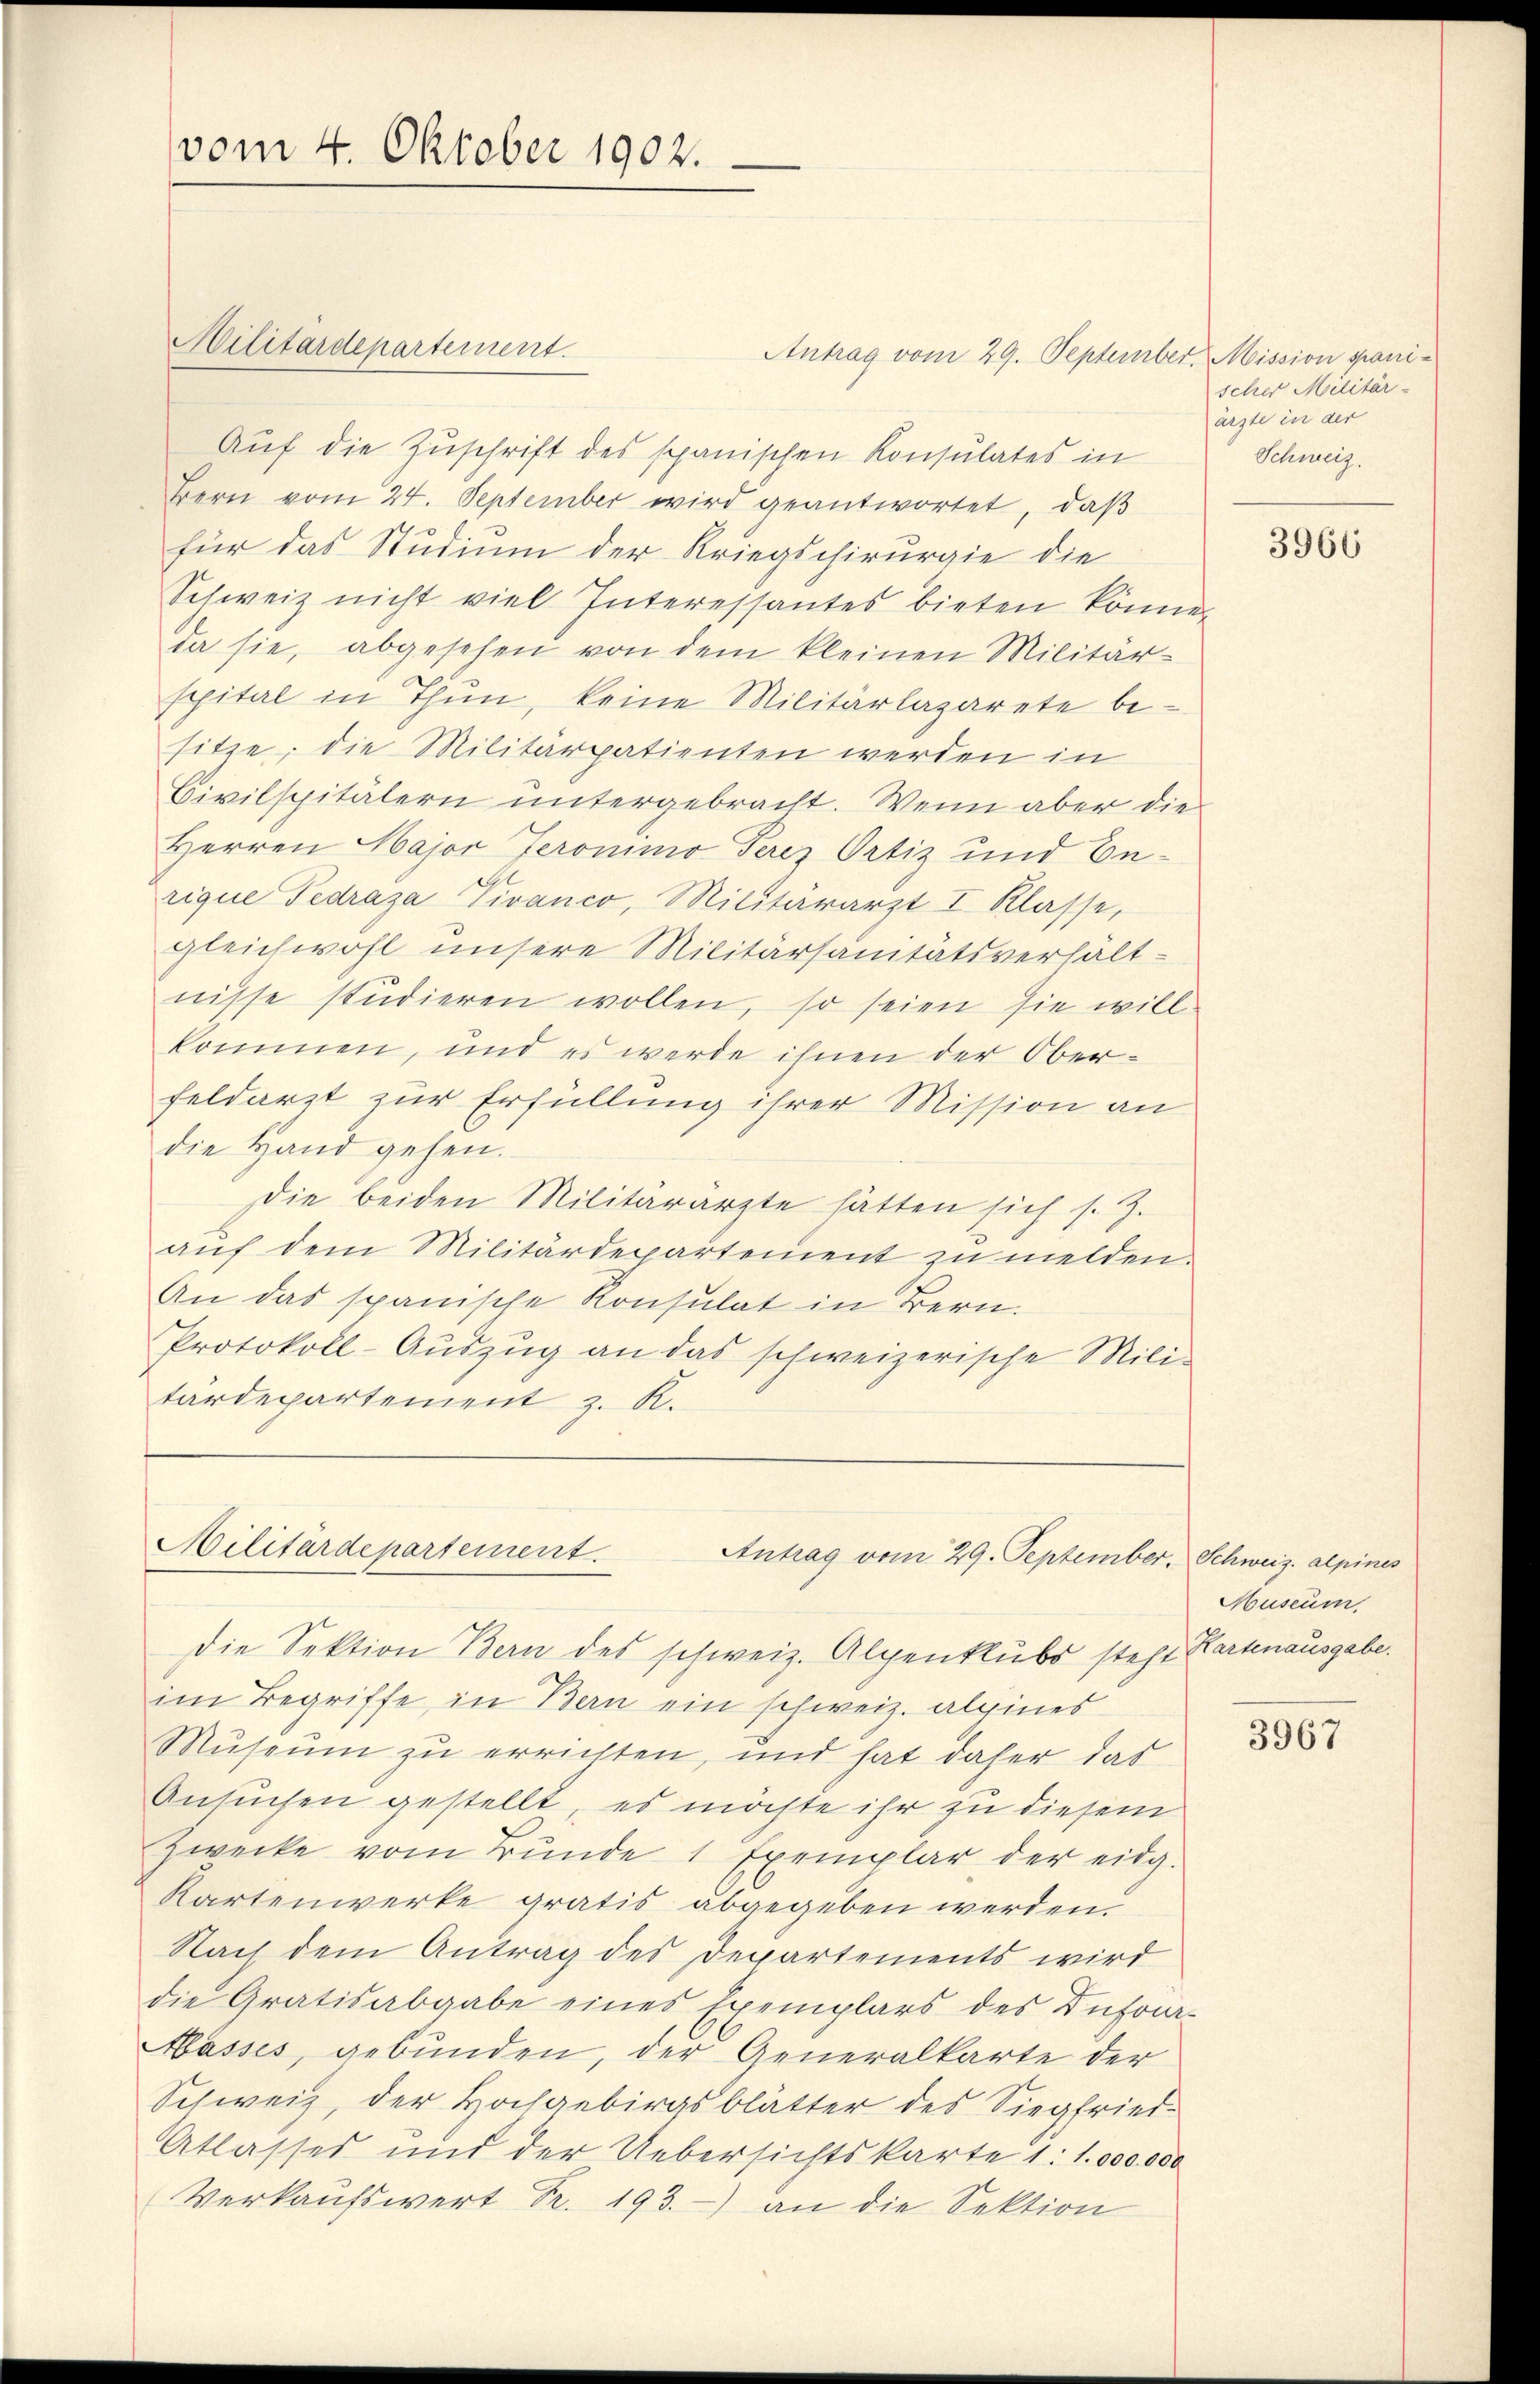
vom 4. Oktober 1902.

Antrag vom 29. September, Mission gani¬
Auf die Zuschrift des spanischen Konsulates in
Bern vom 24. September wird geantwortet, daß
für das Studium der Kriegschirurgie die
Schweiz nicht viel Interessantes bieten könne,
da sie, abgesehen von dem kleinen Militär-
spital in Thun, keine Militärlazarete besitze, die Militärpatienten werden in
Civilspitälern untergebracht. Wenn aber die
Herren Major Jeronimo Perez Ortiz und Berique Tedraza Pivanco, Militärarzt I. Klasse,
gleichwohl unsere Militärsanitätsverhält-
nisse studieren wollen, so seien sie will.
kommen, und es werde ihnen der Ober-
feldarzt zur Erfüllung ihrer Mission an
die Hand gehen.
Die beiden Militärärzte hätten sich s. Z.
auf dem Militärdepartement zu melden.
An das spanische Konsulat in Bern.
Protokoll-Aŭszŭg an das schweizerische Mili-
tärdepartement z. R.

Militärdepartement.

Militärdepartement.
Antrag vom 29. September, Schweiz. alpines

sches Militär-
ärzte in der
Schweiz.

die Sektion Bern des schweiz. Alpenklubs steht Kartenausgabe.
im Begriffe, in Bern ein schweiz. alpines
Museum zu errichten, und hat daher das
Ansuchen gestellt, es möchte ihr zu diesem
Zwecke vom Bŭnde 1 Exemplar der eidg.
Kartenwerke gratis abgegeben werden.
Nach dem Antrag des Departements wird
die Gratisabgabe eines Exemplars des Büfon-
Masses, gebunden, der Generalkarte der
Schweiz, der Hochgebirgsblätter des Siegfried-
Atlasses und der Uebersichtskarte 1: 1.000. 000
Verkaŭfswert Fr. 193. an die Sektion

3966

Museum.

3967